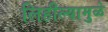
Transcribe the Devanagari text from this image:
लिहील्यामुळे